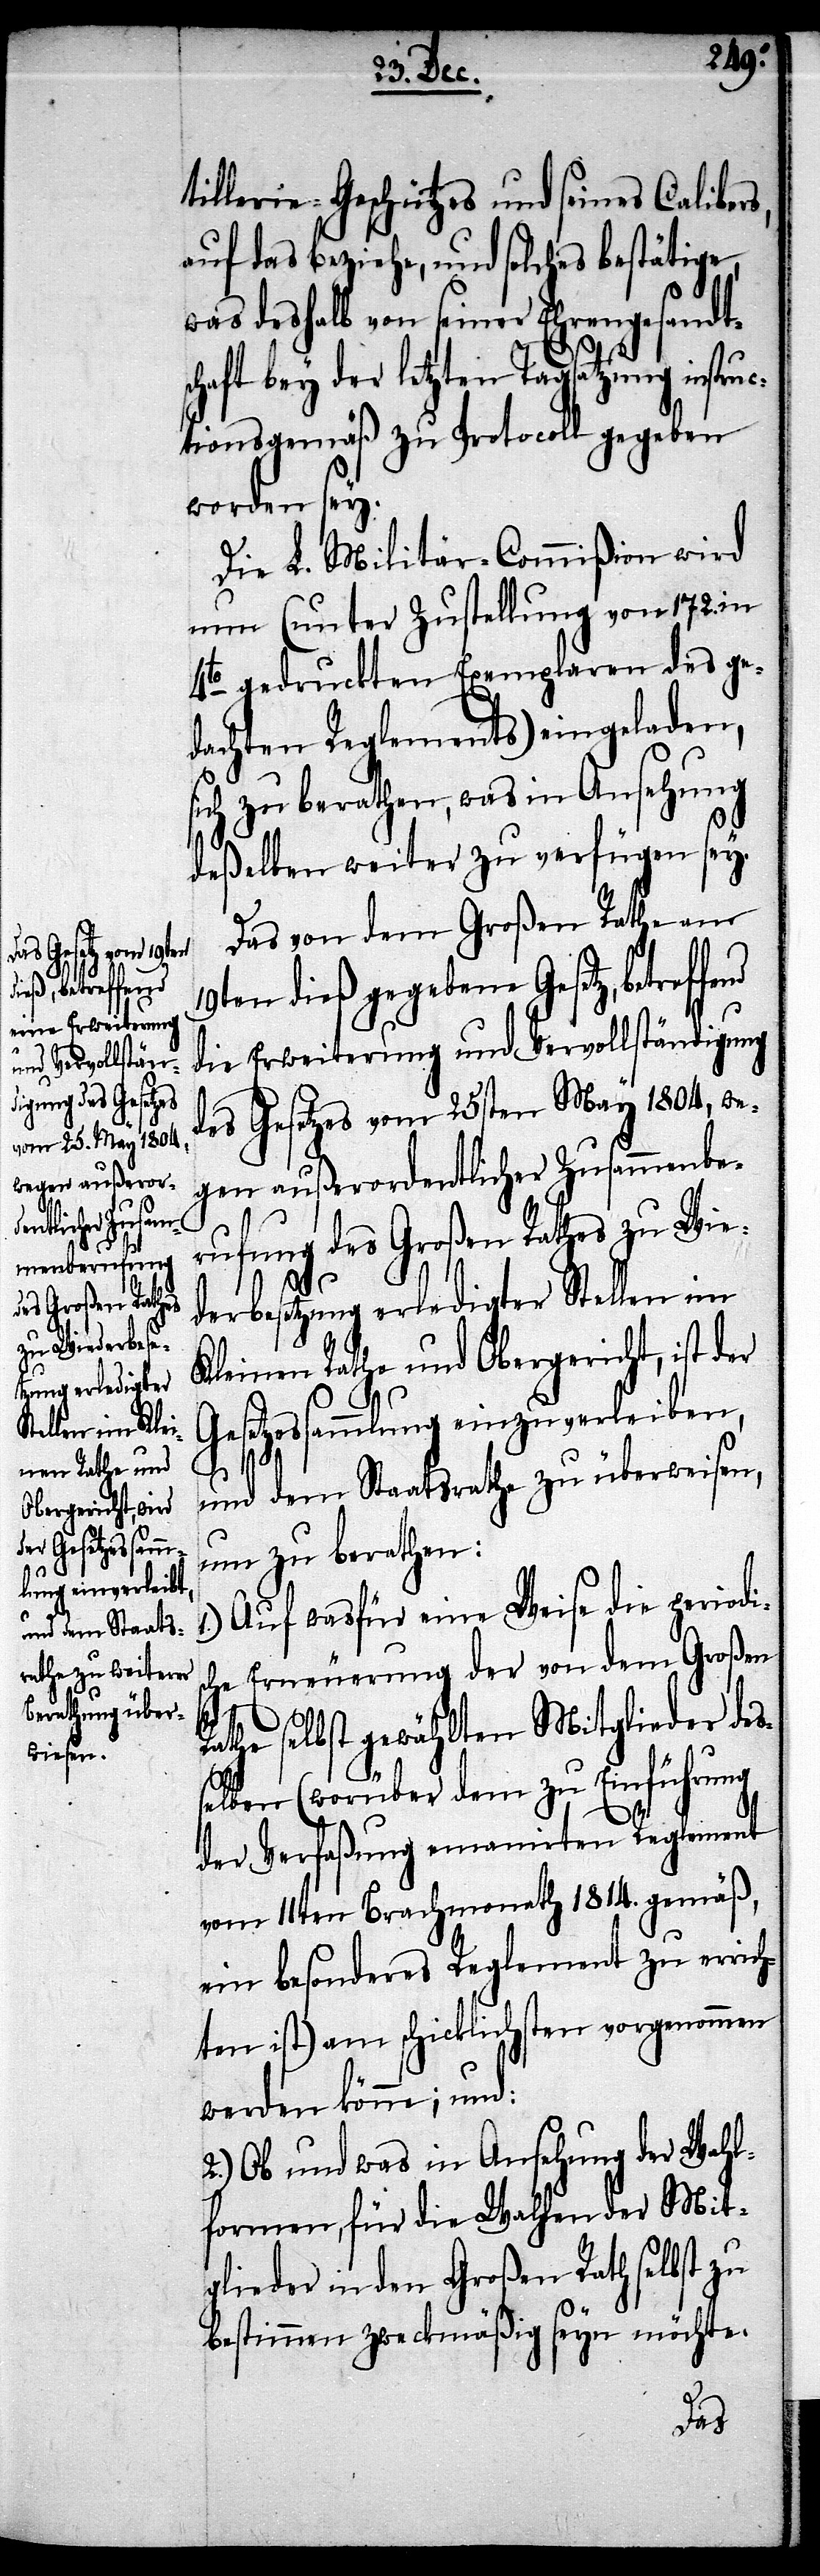
tillerie-Geschützes und seines Calibers,
auf das beziehe, und solches bestätige,
was deshalb von seiner Ehrengesandt¬
schaft bey der letzten Tagsatzung instruc¬
tionsgemäß zu Protocoll gegeben
worden sey.
Die L. Militär-Commißion wird
nun (unter Zustellung von 172. in
4te gedruckten Exemplaren des ge¬
dachten Reglements) eingeladen,
sich zu berathen, was in Ansehung
deßelben weiter zu verfügen sey.
Das von dem Großen Rathe am
19ten dieß gegebene Gesetz, betreffend
die Erweiterung und Vervollständigung
des Gesetzes vom 25sten May 1804, we¬
gen außerordentlicher Zusammenbe¬
rufung des Großen Rathes zu Wie¬
derbesetzung erledigter Stellen im
Kleinen Rathe und Obergericht, ist der
s¬
Gesetzessammlung einzuverleiben,
und dem Staatsrathe zu überweisen,
um zu berathen:
Auf wasfür eine Weise die periodi¬
che Erneuerung der von dem Großen
Rathe selbst gewählten Mitglieder deß¬
elben (worüber dem zu Einführung
der Verfaßung emanirten Reglement
vom 11ten Brachmonath 1814. gemäß,
ein besonderes Reglement zu errich¬
ten ist) am schicklichsten vorgenommen
werden könne; und:
2.) Ob und was in Ansehung der Wahl¬
formen, für die Wahlen der Mit¬
glieder in den Großen Rath selbst zu
bestimmen zweckmäßig seyn möchte.